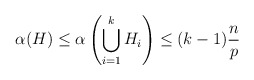
\begin{align*} \alpha(H)\leq \alpha\left(\bigcup_{i=1}^k H_i\right) \leq (k-1)\frac{n}{p}\end{align*}